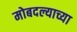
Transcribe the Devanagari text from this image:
मोबदल्याच्या